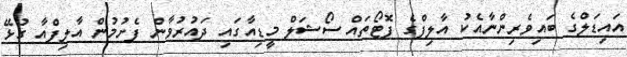
އައިޑަލްގެ ބައިވެރިންނާއެކު އާލިފްގެ ފޮޓޯތައް ސޯޝަލް މީޑިއާގައި ދައުރުވާން ފެށުމުން އާލިފްއާ ގުޅޭ